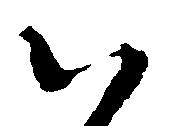
ハ